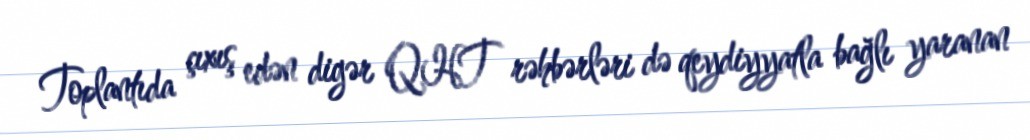
Toplantıda çıxış edən digər QHT rəhbərləri də qeydiyyatla bağlı yaranan